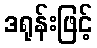
ဒရုန်းဖြင့်